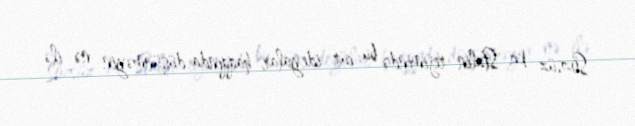
Sözsüz ki, Stalin rejimində bu cür ideyalar haqqında düşünməyin nə ilə